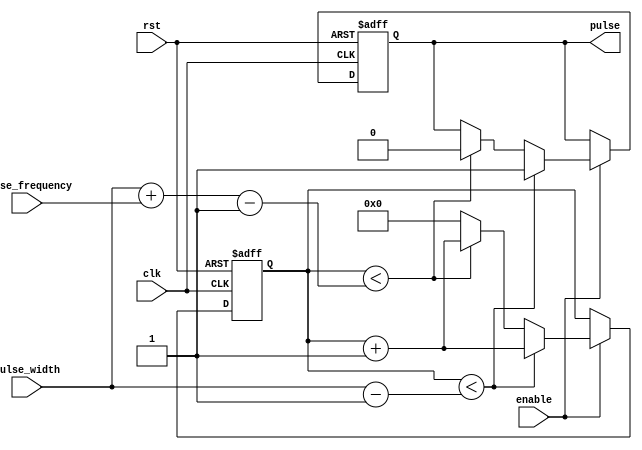
module SimplePulseGenerator (
    input wire clk,
    input wire rst,
    input wire enable,
    input wire [31:0] pulse_width,
    input wire [31:0] pulse_frequency,
    output reg pulse
);

reg [31:0] count;

always @(posedge clk or posedge rst) begin
    if(rst) begin
        count <= 0;
        pulse <= 0;
    end else if(enable) begin
        if(count < pulse_width-1) begin
            count <= count + 1;
            pulse <= 1;
        end else if(count < (pulse_width + pulse_frequency) - 1) begin
            count <= count + 1;
            pulse <= 0;
        end else begin
            count <= 0;
        end
    end
end

endmodule